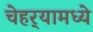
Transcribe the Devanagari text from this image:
चेहर्‍यामध्ये